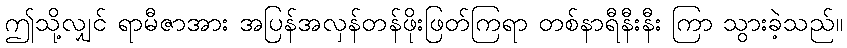
ဤသို့လျှင် ရာမီဇာအား အပြန်အလှန်တန်ဖိုးဖြတ်ကြရာ တစ်နာရီနီးနီး ကြာ သွားခဲ့သည်။